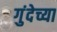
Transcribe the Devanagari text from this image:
गुंदेच्या